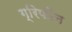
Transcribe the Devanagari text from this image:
ग्रिफौन